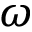
\omega